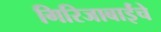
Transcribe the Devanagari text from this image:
गिरिजाबाईंचे